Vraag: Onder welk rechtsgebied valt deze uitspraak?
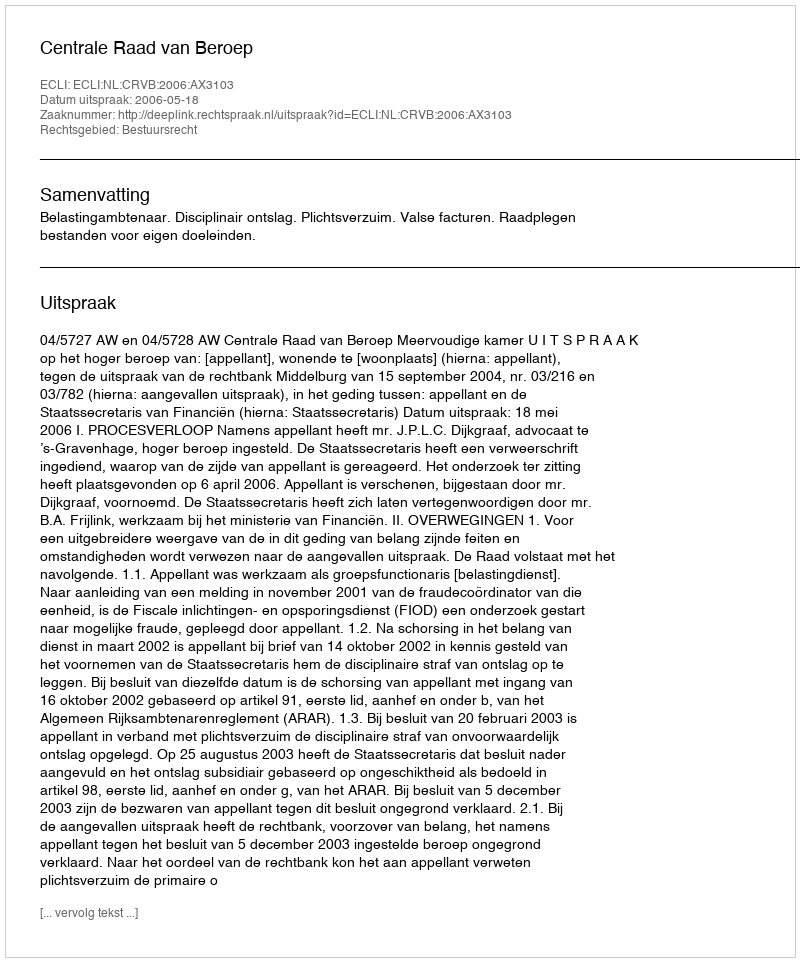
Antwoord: Bestuursrecht